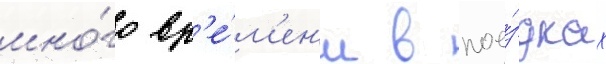
мно́го вр'е́м'ен'и в пое́здках